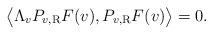
LaTeX: \begin{align*} \big\langle \Lambda_v P_{v, \rm R} F (v), P_{v, \rm R} F (v) \big\rangle = 0.\end{align*}